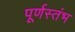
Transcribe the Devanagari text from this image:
पूर्णस्तंभ